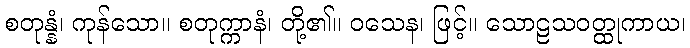
စတုန္နံ၊ ကုန်သော။ စတုက္ကာနံ၊ တို့၏။ ဝသေန၊ ဖြင့်။ သောဠသဝတ္ထုကာယ၊